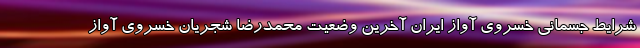
شرایط جسمانی خسروی آواز ایران آخرین وضعیت محمدرضا شجریان خسروی آواز